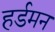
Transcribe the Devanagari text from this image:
हर्डमन